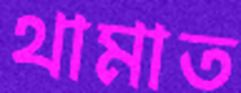
থামাত